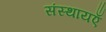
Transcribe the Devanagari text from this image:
संस्थायएँ